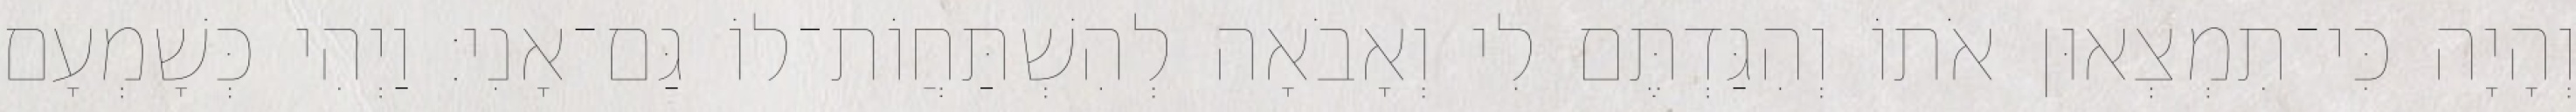
וְהָיָה כִּי־תִמְצְאוּן אֹתוֹ וְהִגַּדְתֶּם לִי וְאָבֹאָה לְהִשְׁתַּחֲוֹת־לוֹ גַּם־אָנִי׃ וַיְהִי כְּשָׁמְעָם